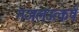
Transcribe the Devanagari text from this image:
गजलउत्कर्ष